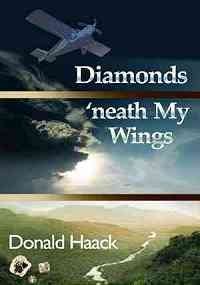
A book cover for Diamonds 'neath My Wings; donald Haack; Travel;